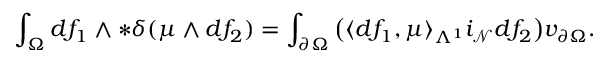
\int _ { \Omega } d f _ { 1 } \wedge \ast \delta ( \mu \wedge d f _ { 2 } ) = \int _ { \partial \Omega } \big ( \langle d f _ { 1 } , \mu \rangle _ { \Lambda ^ { 1 } } i _ { \mathcal { N } } d f _ { 2 } \big ) v _ { \partial \Omega } .